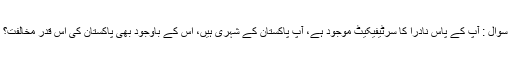
سوال : آپ کے پاس نادرا کا سرٹیفیکیٹ موجود ہے، آپ پاکستان کے شہری ہیں، اس کے باوجود بھی پاکستان کی اس قدر مخالفت؟